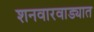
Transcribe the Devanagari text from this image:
शनवारवाड्यात